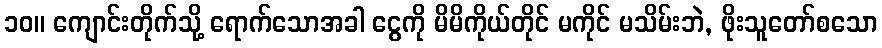
၁၀။ ကျောင်းတိုက်သို့ ရောက်သောအခါ ငွေကို မိမိကိုယ်တိုင် မကိုင် မသိမ်းဘဲ, ဖိုးသူတော်စသော